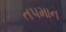
તપમાન